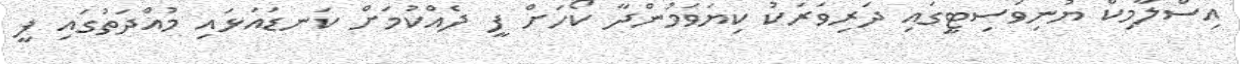
އިސްލާމިކް ޔުނިވަސިޓީގައި ދަރިވަރަކު ކިޔަވަމުންދާ ކޯހަށް ފީ ދެއްކުމަށް ކަނޑައަޅައި މުއްދަތުގައި ފީ